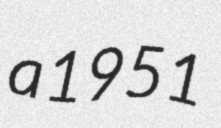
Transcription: a 1951